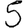
Digit: 5